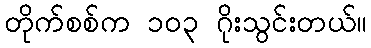
တိုက်စစ်က ၁၀၃ ဂိုးသွင်းတယ်။